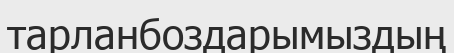
тарланбоздарымыздың